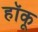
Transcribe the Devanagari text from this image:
हॉकू